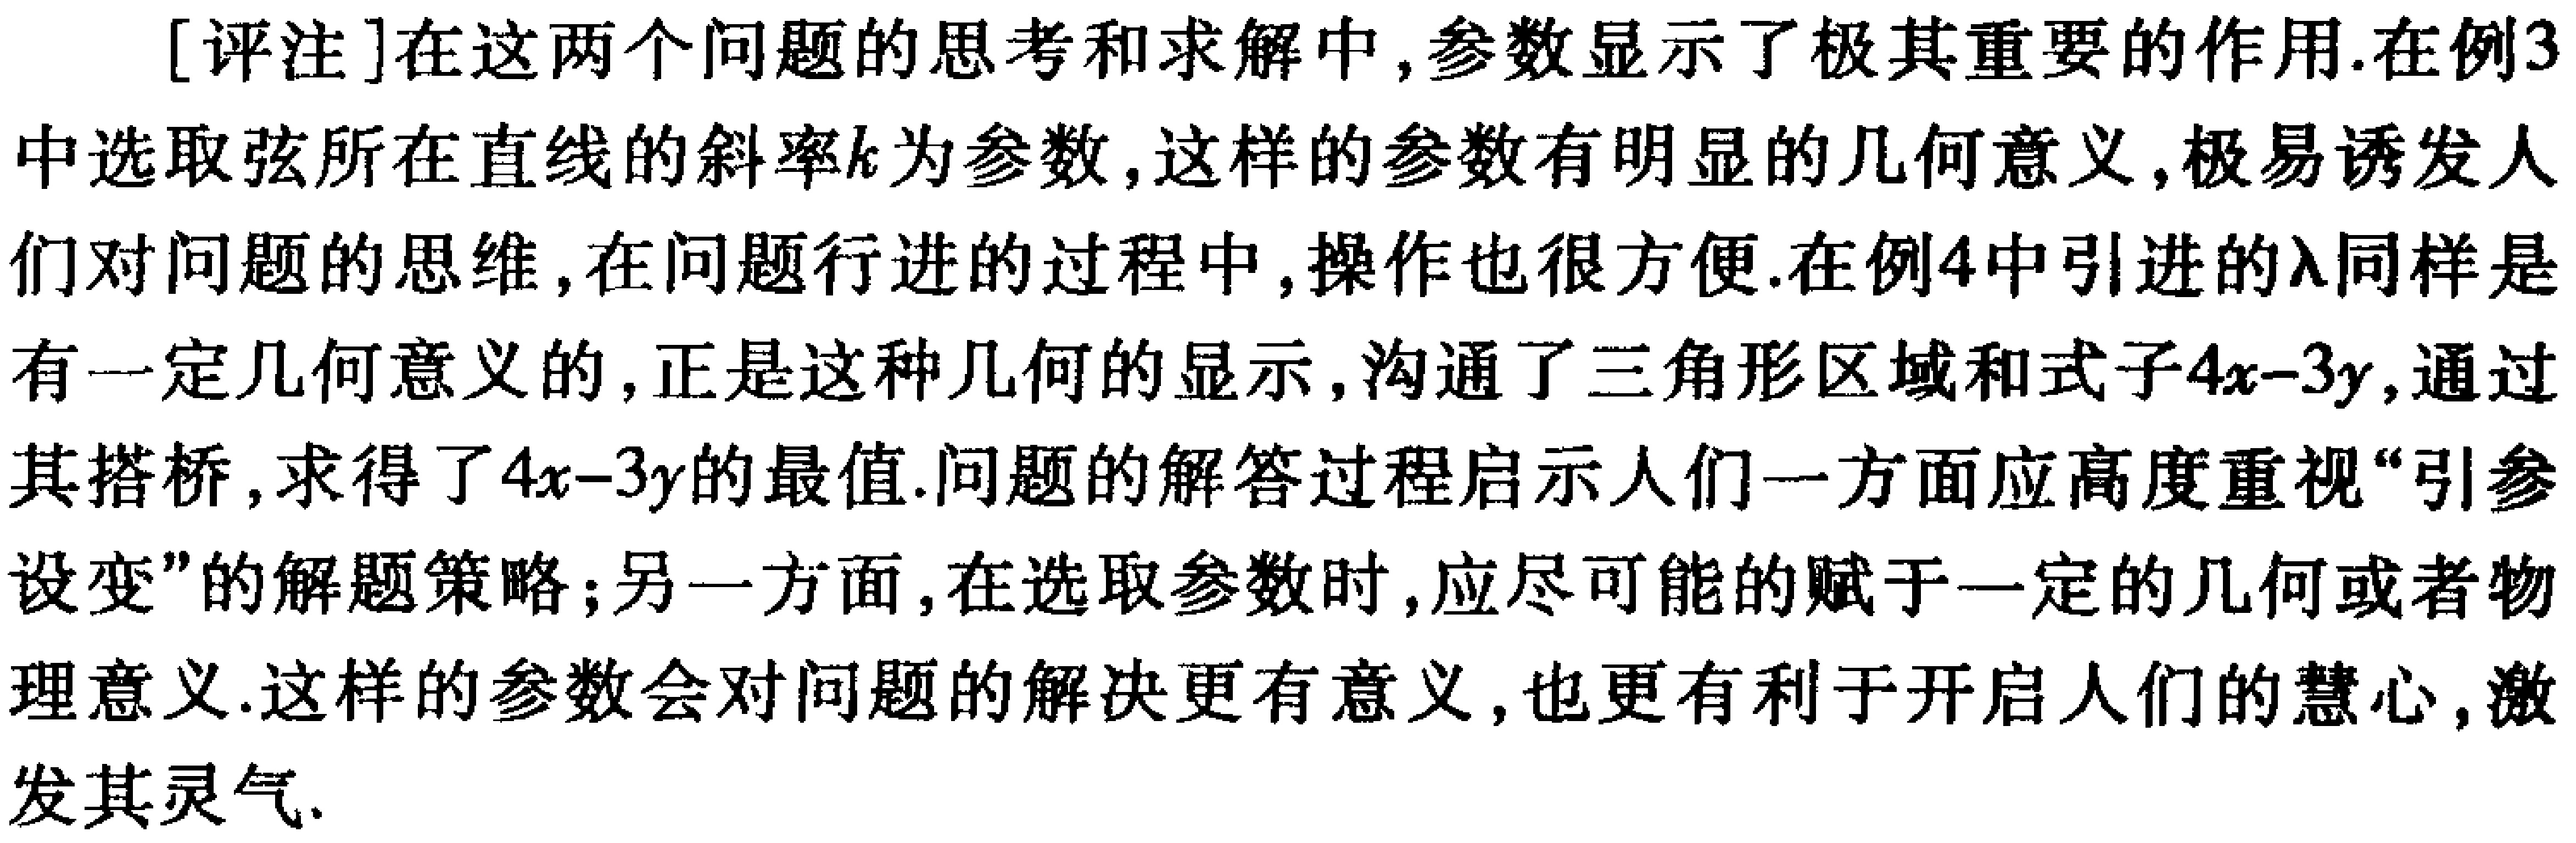
[评注]在这两个问题的思考和求解中,参数显示了极其重要的作用.在例3中选取弦所在直线的斜率\(k\)为参数,这样的参数有明显的几何意义,极易诱发人们对问题的思维,在问题行进的过程中,操作也很方便.在例4中引进的\(\lambda\)同样是有一定几何意义的,正是这种几何的显示,沟通了三角形区域和式子\(4x - 3y\),通过其搭桥,求得了\(4x - 3y\)的最值.问题的解答过程启示人们一方面应高度重视“引参设变”的解题策略;另一方面,在选取参数时,应尽可能的赋于一定的几何或者物理意义.这样的参数会对问题的解决更有意义,也更有利于开启人们的慧心,激发其灵气.